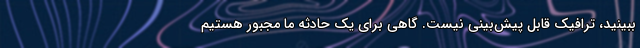
ببینید، ترافیک قابل پیش‌بینی نیست. گاهی برای یک حادثه ما مجبور هستیم